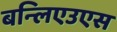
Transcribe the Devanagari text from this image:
बन्लिएउएस